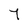
Character: 7